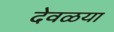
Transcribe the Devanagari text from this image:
देवळया